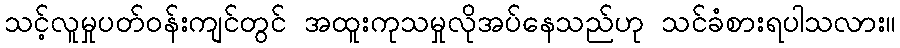
သင့်လူမှုပတ်ဝန်းကျင်တွင် အထူးကုသမှုလိုအပ်နေသည်ဟု သင်ခံစားရပါသလား။